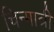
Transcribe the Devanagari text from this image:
चिन्मात्री